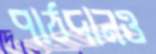
পাঠদানও